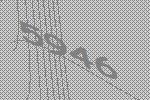
5946